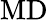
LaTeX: \mathrm{MD}